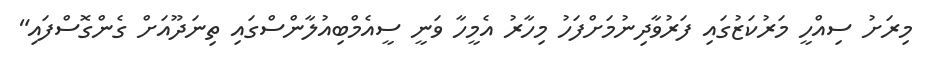
މިރަށު ސިއްހީ މަރުކަޒުގައި ފަރުވާދިނުމަށްފަހު މިހާރު އެމީހާ ވަނީ ސީއެމްބިއުލާންސްގައި ތިނަދޫއަށް ގެންގޮސްފައި"